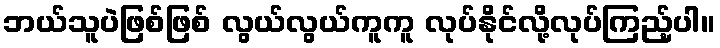
ဘယ်သူပဲဖြစ်ဖြစ် လွယ်လွယ်ကူကူ လုပ်နိုင်လို့လုပ်ကြည့်ပါ။